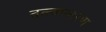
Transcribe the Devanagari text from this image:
तत्त्वान्तरण